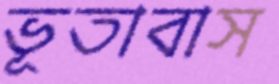
ভূতাবাস